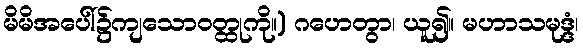
မိမိအပေါ်၌ကျသောဝတ္ထုကို။) ဂဟေတွာ၊ ယူ၍။ မဟာသမုဒ္ဒံ၊